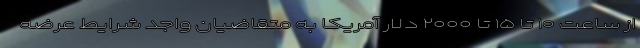
از ساعت ۱۰ تا ۱۵ تا ۲۰۰۰ دلار آمریکا به متقاضیان واجد شرایط عرضه